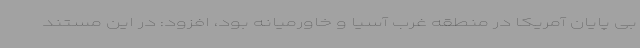
بی پایان آمریکا در منطقه غرب آسیا و خاورمیانه بود، افزود: در این مستند